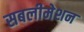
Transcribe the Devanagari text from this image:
सबलीमेशन